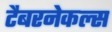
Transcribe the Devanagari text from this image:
टैबरनेकल्स